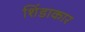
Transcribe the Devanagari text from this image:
शिंडाकार